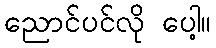
ညောင်ပင်လို ပေါ့။